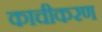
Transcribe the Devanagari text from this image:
काचीकरण